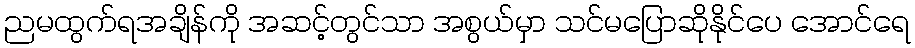
ညမထွက်ရအချိန်ကို အဆင့်တွင်သာ အစွယ်မှာ သင်မပြောဆိုနိုင်ပေ အောင်ရေ